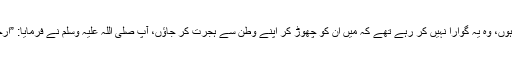
ان کو تو میں روتا ہوا چھوڑ کر آیا ہوں، وہ یہ گوارا نہیں کر رہے تھے کہ میں ان کو چھوڑ کر اپنے وطن سے ہجرت کر جاؤں، آپ صلی اللہ علیہ وسلم نے فرمایا: ”ارجع الیھما و اضحکھما کما ابکیتھما“۔